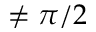
\neq \pi / 2